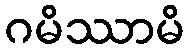
ဂမိဿာမိ